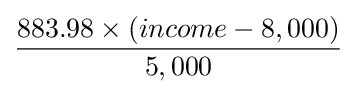
883.98\times (income-8,000) \over 5,000